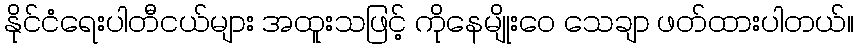
နိုင်ငံရေးပါတီငယ်များ အထူးသဖြင့် ကိုနေမျိုးဝေ သေချာ ဖတ်ထားပါတယ်။